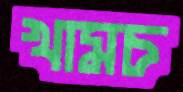
খামচ